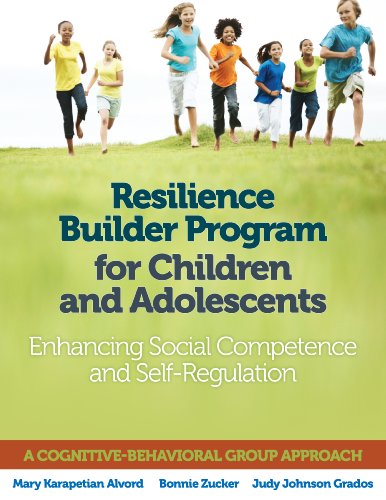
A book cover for Resilience Builder Program for Children and Adolescents: Enhancing Social Competence and Self-Regulation; Dr. Mary Karapetian Alvord; Medical Books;